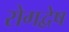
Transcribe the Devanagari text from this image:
रोगद्वेष